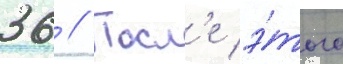
36 // Посл'е э́того